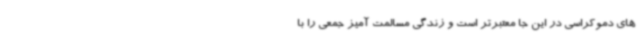
های دموکراسی در این جا معتبرتر است و زندگی مسالمت آمیز جمعی را با